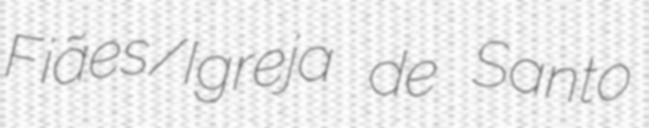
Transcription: Fiães/Igreja de Santo